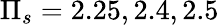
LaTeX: \Pi_{s}=2.25,2.4,2.5